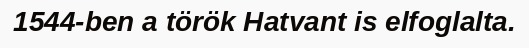
1544-ben a török Hatvant is elfoglalta.